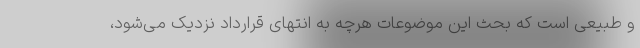
و طبیعی است که بحث این موضوعات هرچه به انتهای قرارداد نزدیک می‌شود،